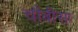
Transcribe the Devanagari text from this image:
चौबीसा